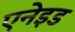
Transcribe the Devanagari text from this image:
एनेइड